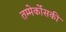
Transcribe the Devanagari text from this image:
तम्मेर्कोसकी